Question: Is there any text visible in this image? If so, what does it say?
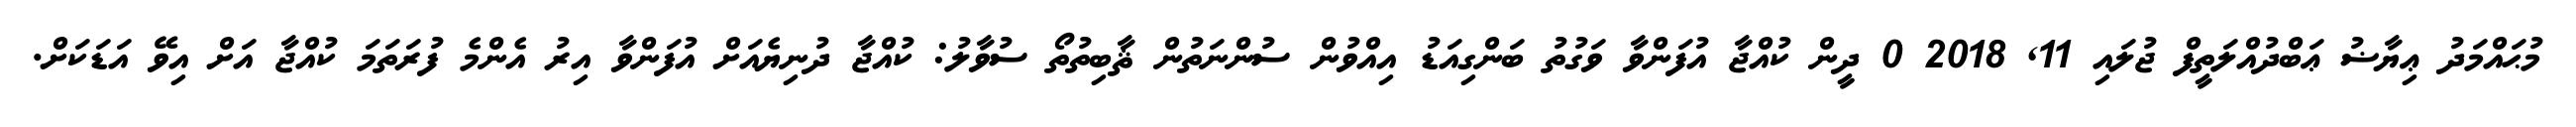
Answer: މުޙައްމަދު ޢިޔާޟު ޢަބްދުއްލަތީފް ޖުލައި 11, 2018 0 ދީން ކުއްޖާ އުފަންވާ ވަގުތު ބަންގިއަޑު އިއްވުން ސުންނަތުން ޘާބިތުތޯ ސުވާލު: ކުއްޖާ ދުނިޔެއަށް އުފަންވާ އިރު އެންމެ ފުރަތަމަ ކުއްޖާ އަށް އިވޭ އަޑަކަށް.